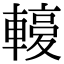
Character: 𨎙